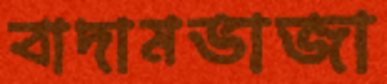
বাদামভাজা